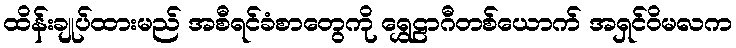
ထိန်းချုပ်ထားမည် အစီရင်ခံစာတွေကို ရွှေဠာဂီတစ်ယောက် အရှင်ဝိမလက